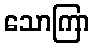
သောကြာ